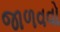
જાળવવો